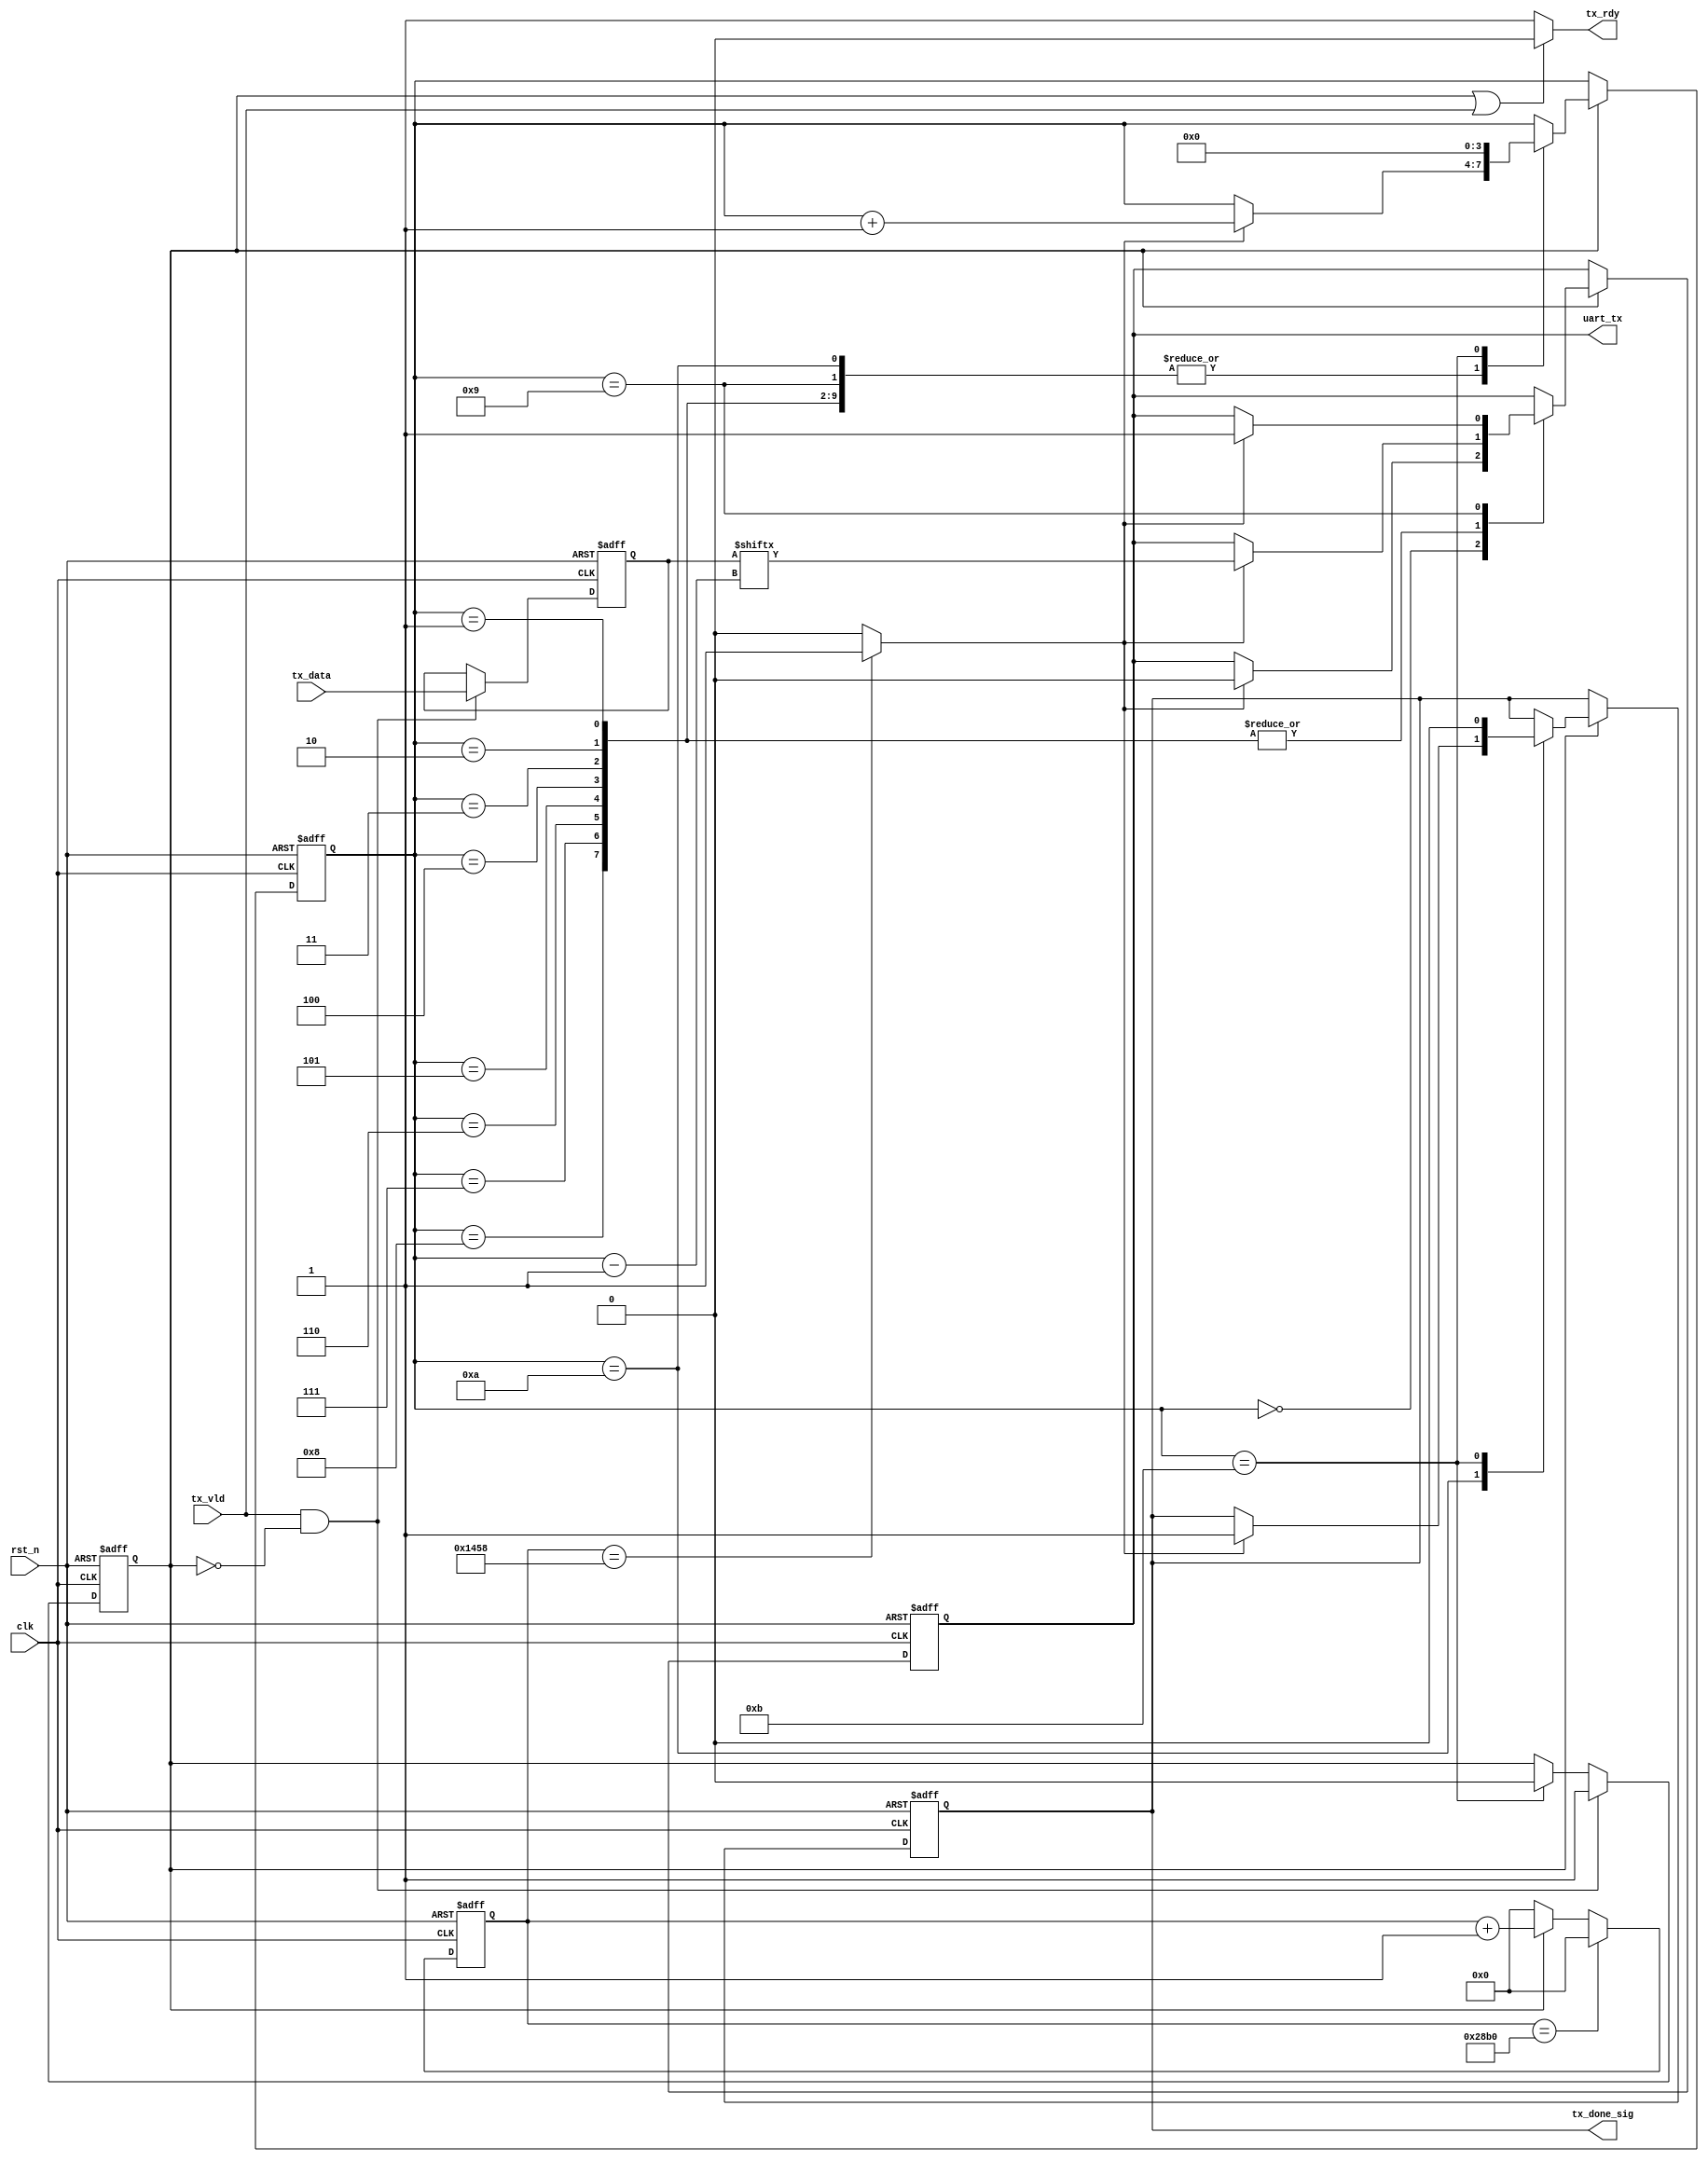
module tx_control(
    input clk,
    input rst_n,
    input tx_vld,
    input[7:0] tx_data,
    output uart_tx,
    output reg tx_rdy,
    output tx_done_sig
);

/********************************************************/
reg[3:0] i;

/********************************************************/
wire tx_start;
reg tx_en;

always @(posedge clk or negedge rst_n)
    if(!rst_n)
        tx_en<=1'b0;
    else if(tx_start)
        tx_en<=1'b1;
    else if(i==4'd11)
        tx_en<=1'b0; 

assign tx_start = tx_vld && !tx_en;

/********************************************************/
reg[7:0] tx_data_tmp;

always @(posedge clk or negedge rst_n)
    if(!rst_n)
        tx_data_tmp<=8'd0;
    else if(tx_start)
        tx_data_tmp<=tx_data;

/********************************************************/   
reg[15:0] count_bps;
wire bps_clk;
     
always @(posedge clk or negedge rst_n)
    if(!rst_n)
        count_bps <= 16'd0;
    else if(count_bps == 16'd10416) //9600bps,100MHz, 
        count_bps <= 16'd0;
    else if(tx_en)
        count_bps <= count_bps + 1'b1;
    else
        count_bps <= 16'd0;

assign bps_clk = (count_bps == 16'd5208) ? 1'b1 : 1'b0; //

/********************************************************/
reg rTX;
reg isDone;
    
always @(posedge clk or negedge rst_n)
    if(!rst_n)
        begin
            i <= 4'd0;
            rTX <= 1'b1;
            isDone <= 1'b0;
        end
    else if(tx_en)
        case(i)                
            4'd0:
                if(bps_clk) begin i <= i + 1'b1; rTX <= 1'b0; end                    
            4'd1, 4'd2, 4'd3, 4'd4, 4'd5, 4'd6, 4'd7, 4'd8:
                if(bps_clk) begin i <= i + 1'b1; rTX <= tx_data_tmp[i - 1]; end                     
            4'd9:
                if(bps_clk) begin i <= i + 1'b1; rTX <= 1'b1; end                                                      
            4'd10:
                if(bps_clk) begin i <= i + 1'b1; isDone <= 1'b1; end                     
            4'd11:
                begin i <= 4'd0; isDone <= 1'b0; end
        endcase
        
assign uart_tx = rTX;    
assign tx_done_sig = isDone;

/********************************************************/
always @(*)
    if(tx_en||tx_vld)
        tx_rdy=1'b0;
    else
        tx_rdy=1'b1;

/********************************************************/
    
endmodule